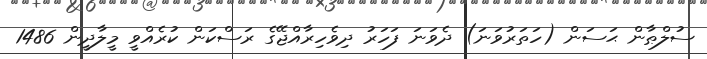
ސުލްޠާން ޙަސަން (ހަތަރުވަނަ) ދެވަނަ ފަހަރު ދިވެހިރާއްޖޭގެ ރަސްކަން ކުރެއްވީ މީލާދީން 1486